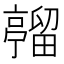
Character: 𪜦